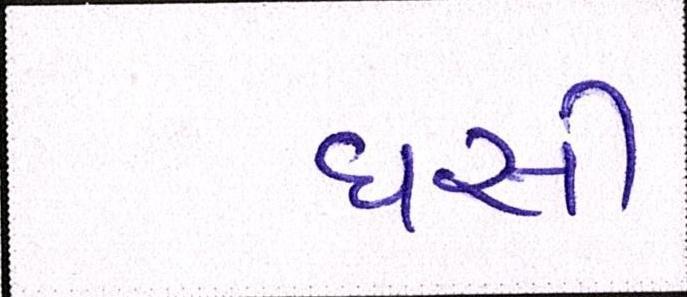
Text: ઘસી